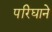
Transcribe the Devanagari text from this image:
परिघाने